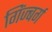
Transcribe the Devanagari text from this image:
गिंज्बर्ग